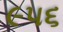
૯૫૬